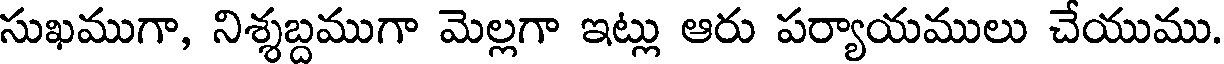
సుఖముగా, నిశ్శబ్దముగా మెల్లగా ఇట్లు ఆరు పర్యాయములు చేయుము